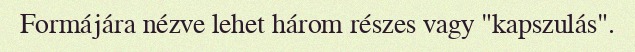
Formájára nézve lehet három részes vagy "kapszulás".